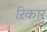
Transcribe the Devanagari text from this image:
ऱिकार